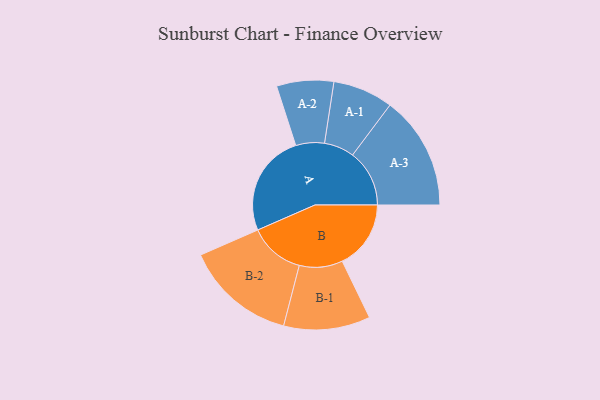
{"axis": {"x": "Segment", "y": "Value"}, "legend": ["", "A", "B"], "data": [{"x": "A", "y": 452, "type": ""}, {"x": "B", "y": 303, "type": ""}, {"x": "A-1", "y": 133, "type": "A"}, {"x": "A-2", "y": 126, "type": "A"}, {"x": "A-3", "y": 251, "type": "A"}, {"x": "B-1", "y": 191, "type": "B"}, {"x": "B-2", "y": 245, "type": "B"}]}